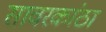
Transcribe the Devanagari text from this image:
सावरकांठा